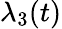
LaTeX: \lambda_{3}(t)